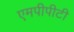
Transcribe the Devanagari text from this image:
एमपीपीटी